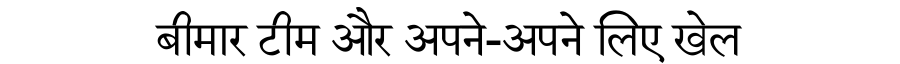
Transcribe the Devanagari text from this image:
बीमार टीम और अपने-अपने लिए खेल